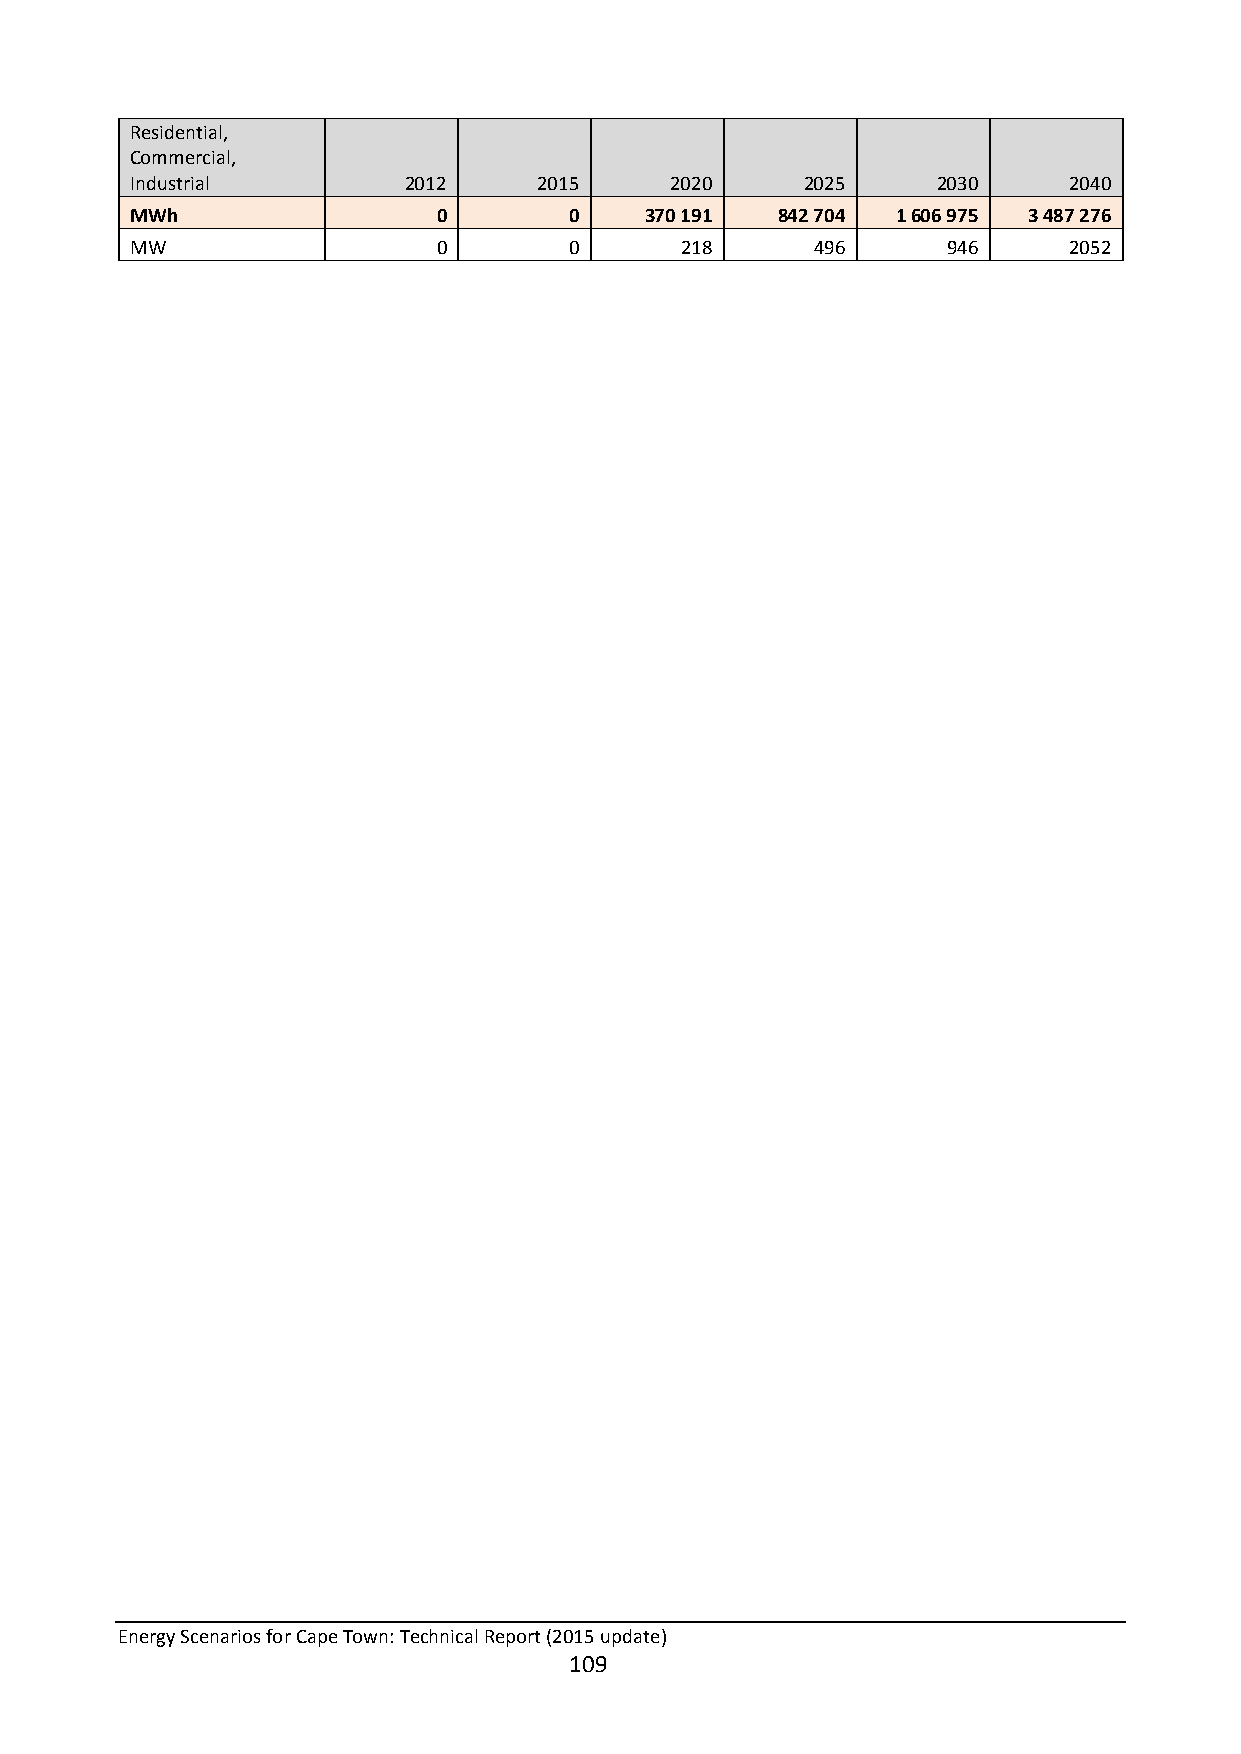
Residential,
 Commercial,
 Industrial        2012     2015    2020     2025     2030     2040
 MWh                 0        0    370 191 842 704 1 606 975 3 487 276
 MW                  0        0      218      496      946     2052
 Energy Scenarios for Cape Town: Technical Report (2015 update)
 109